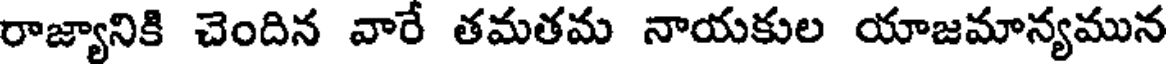
రాజ్యానికి చెందిన వారే తమతమ నాయకుల యాజమాన్యమున